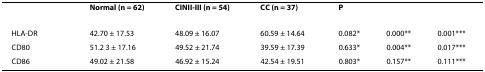
<table><thead><tr><td></td><td><b>Normal (n = 62)</b></td><td><b>CINII-III (n = 54)</b></td><td><b>CC (n = 37)</b></td><td colspan="3"><b>P</b></td></tr></thead><tbody><tr><td>HLA-DR</td><td>42.70 ± 17.53</td><td>48.09 ± 16.07</td><td>60.59 ± 14.64</td><td>0.082*</td><td>0.000**</td><td>0.001***</td></tr><tr><td>CD80</td><td>51.2 3 ± 17.16</td><td>49.52 ± 21.74</td><td>39.59 ± 17.39</td><td>0.633*</td><td>0.004**</td><td>0.017***</td></tr><tr><td>CD86</td><td>49.02 ± 21.58</td><td>46.92 ± 15.24</td><td>42.54 ± 19.51</td><td>0.803*</td><td>0.157**</td><td>0.111***</td></tr></tbody></table>